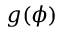
g ( \phi )